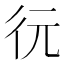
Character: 𢓆